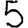
Digit: 5